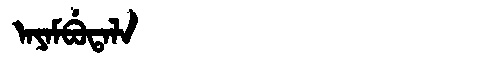
Manchu: ᠠᠶᠠᠮᠪᡠᡨᠠᠯᠠ
Romanization: AYAMBUTALA